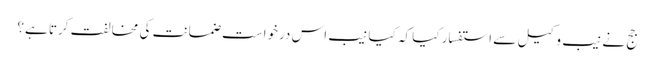
جج نے نیب وکیل سے استفسار کیا کہ کیا نیب اس درخواست ضمانت کی مخالفت کرتا ہے؟